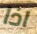
اذا